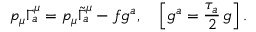
p _ { \mu } \Gamma _ { a } ^ { \mu } = p _ { \mu } \tilde { \Gamma } _ { a } ^ { \mu } - f g ^ { a } , \quad \left[ g ^ { a } = \frac { \tau _ { a } } { 2 } \, g \right] .